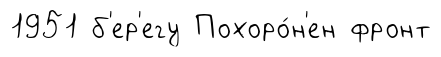
1951 б'ер'егу Похоро́н'ен фронт